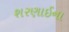
શરણાઈના